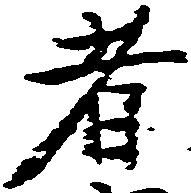
者